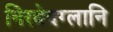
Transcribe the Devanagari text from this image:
निरवेदग्लानि